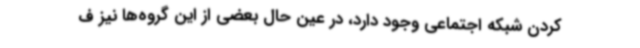
کردن شبکه اجتماعی وجود دارد، در عین حال بعضی از این گروه‌ها نیز ف